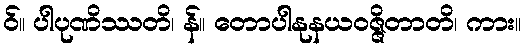
ဝ်။ ပါပုဏိဿတိ၊ န်။ တောပါနုနယဝဇ္ဇိတာတိ၊ ကား။